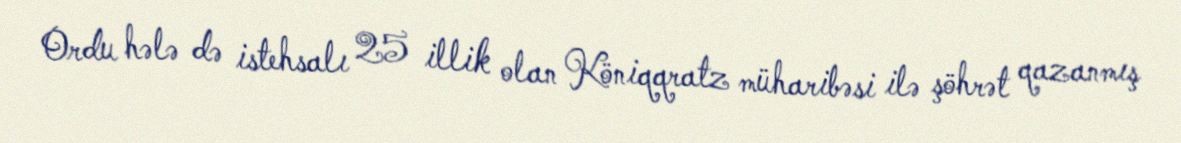
Ordu hələ də istehsalı 25 illik olan Köniqqratz müharibəsi ilə şöhrət qazanmış